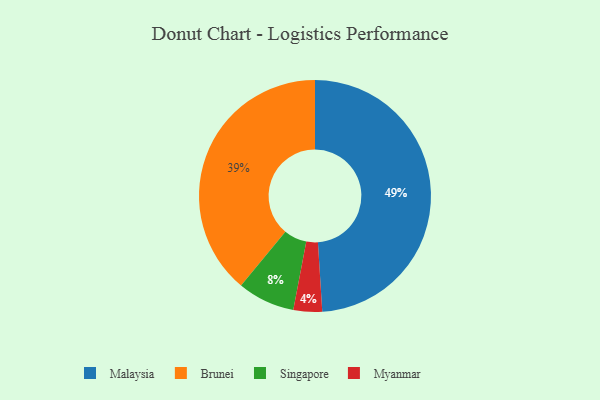
{"axis": {"x": "Category", "y": "Percentage"}, "legend": ["Brunei", "Malaysia", "Myanmar", "Singapore"], "data": [{"x": "Malaysia", "y": 49, "type": "Malaysia"}, {"x": "Brunei", "y": 39, "type": "Brunei"}, {"x": "Myanmar", "y": 4, "type": "Myanmar"}, {"x": "Singapore", "y": 8, "type": "Singapore"}]}